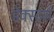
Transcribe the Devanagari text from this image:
डेक्स्टर्स